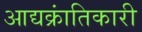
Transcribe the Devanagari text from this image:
आद्यक्रांतिकारी